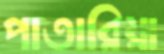
পাতারিয়া